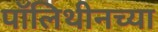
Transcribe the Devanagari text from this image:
पॉलिथीनच्या